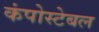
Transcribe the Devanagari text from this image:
कंपोस्टेबल